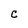
Character: C